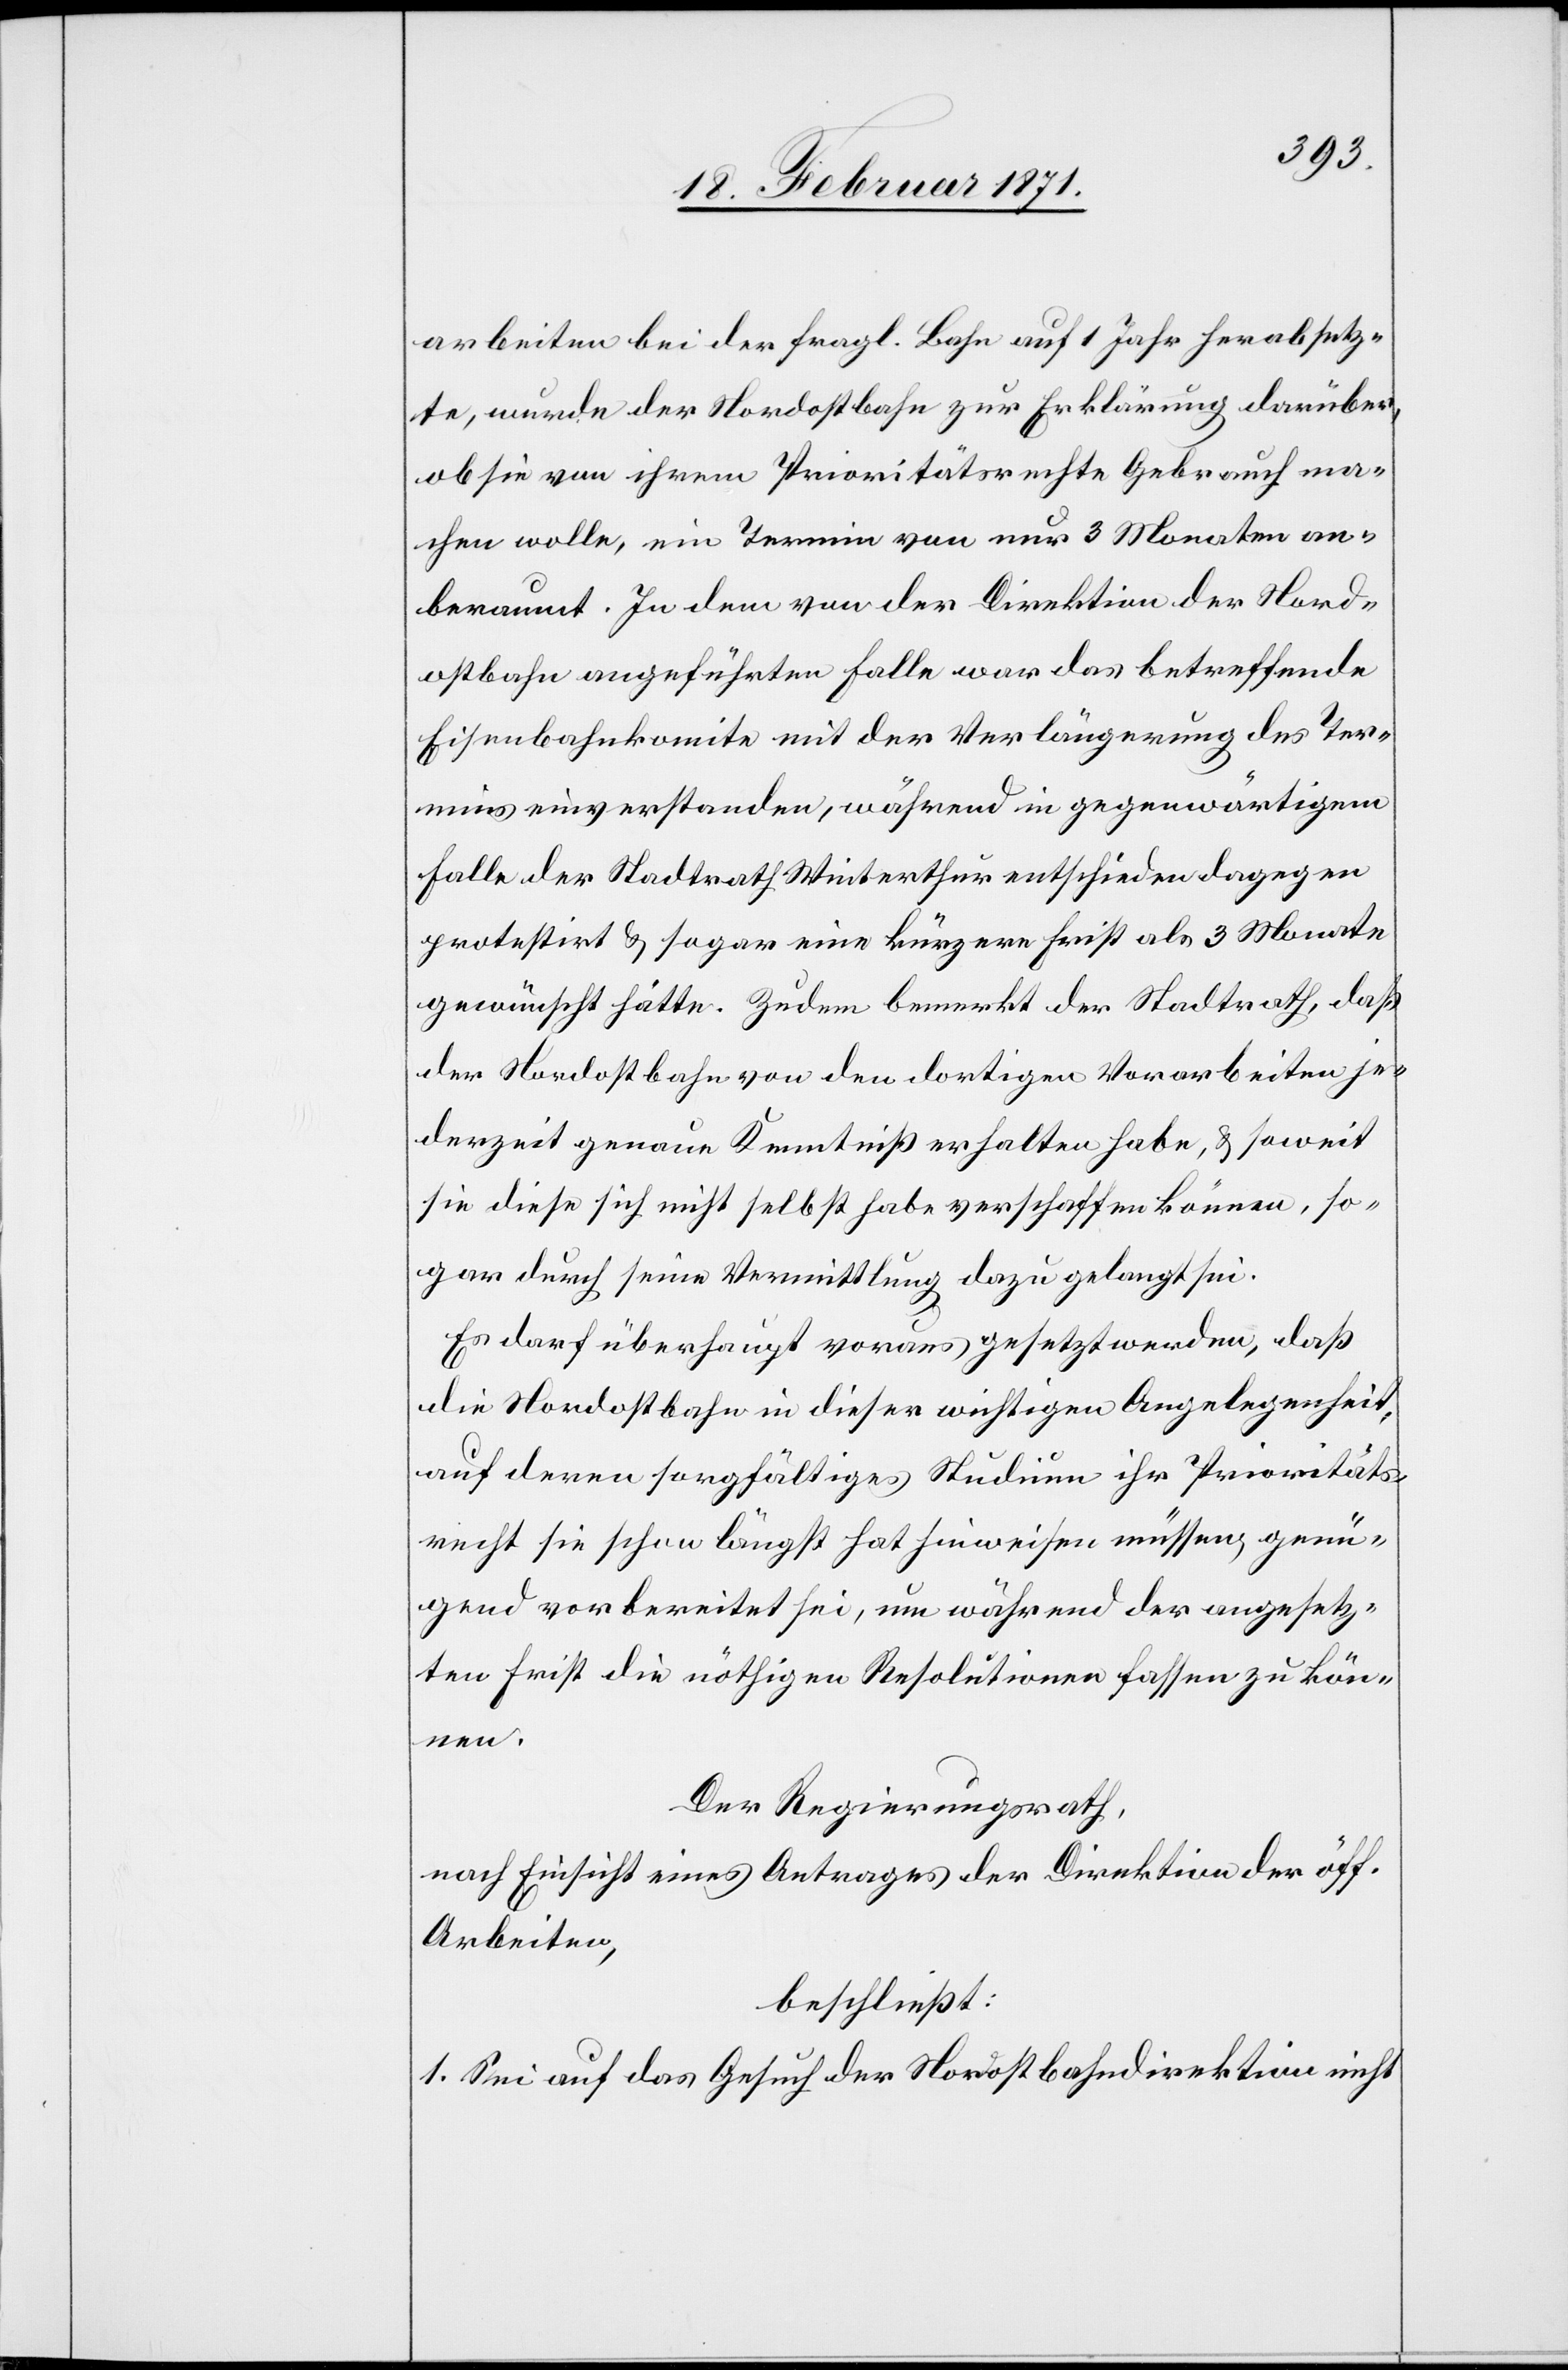
arbeiten bei der fragl. Bahn auf 1 Jahr herabsetz¬
te, wurde der Nordostbahn zur Erklärung darüber,
ob sie von ihrem Prioritätsrechte Gebrauch ma¬
chen wolle, ein Termin von nur 3 Monaten an¬
beraumt. In dem von der Direktion der Nord¬
ostbahn angeführten Falle war das betreffende
Eisenbahnkomite mit der Verlängerung des Ter¬
mins einverstanden, während in gegenwärtigem
Falle der Stadtrath Winterthur entschieden dagegen
protestirt u. sogar eine kürzere Frist als 3 Monate
gewünscht hätte. Zudem bemerkt der Stadtrath, daß
der Nordostbahn von den dortigen Vorarbeiten je¬
derzeit genaue Kenntniß erhalten habe, u. soweit
sie diese sich nicht selbst habe verschaffen könne, so¬
gar durch seine Vermittlung dazu gelangt sei.
Es darf überhaupt voraus gesetzt werden, daß
die Nordostbahn in dieser wichtigen Angelegenheit,
auf deren sorgfältiges Studium ihr Prioritäts¬
recht sie schon längst hat hinweisen müssen, genü¬
gend vorbereitet sei, um während der angesetz¬
ten Frist die nöthigen Resolutionen fassen zu kön¬
nen.
Der Regierungsrath,
nach Einsicht eines Antrages der Direktion der öff.
Arbeiten,
beschließt:
1. Sei auf das Gesuch der Nordostbahndirektion nicht